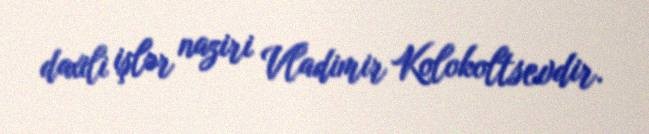
daxili işlər naziri Vladimir Kolokoltsevdir.